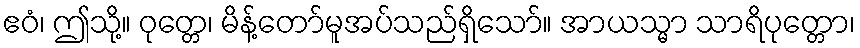
ဧဝံ၊ ဤသို့။ ဝုတ္တေ၊ မိန့်တော်မူအပ်သည်ရှိသော်။ အာယသ္မာ သာရိပုတ္တော၊